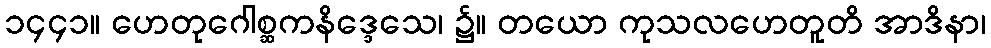
၁၄၄၁။ ဟေတုဂေါစ္ဆကနိဒ္ဒေသေ၊ ၌။ တယော ကုသလဟေတူတိ အာဒိနာ၊